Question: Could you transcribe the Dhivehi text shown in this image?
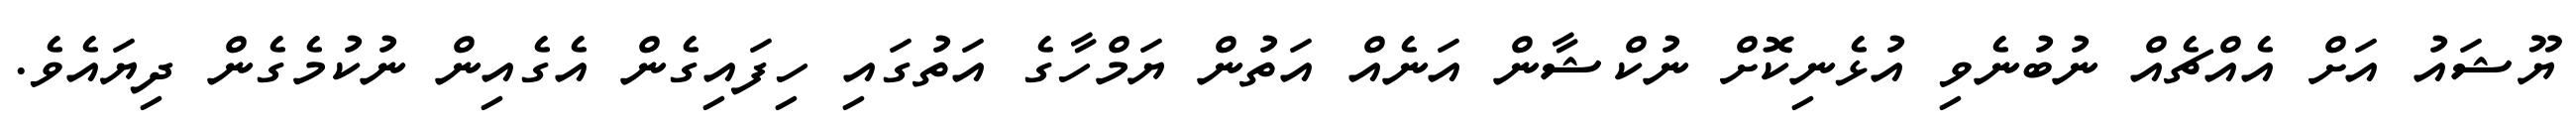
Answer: ޔޫޝައު އަށް އެއްޗެއް ނުބުނެވި އުޅެނިކޮށް ނުކްޝާން އަނެއް އަތުން ޔަމްހާގެ އަތުގައި ހިފައިގެން އެގެއިން ނުކުމެގެން ދިޔައެވެ.